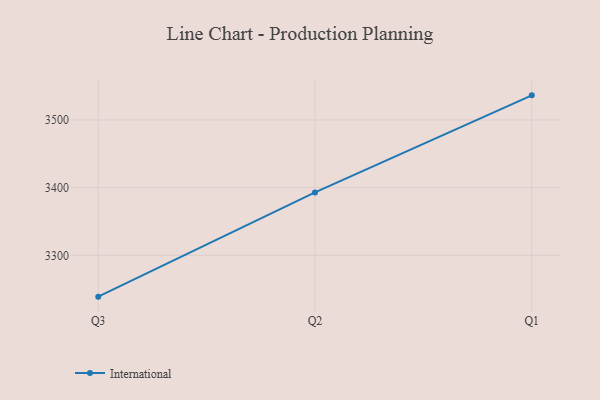
{"axis": {"x": "Quarter", "y": "Page Views"}, "legend": ["International"], "data": [{"x": "Q3", "y": 3238.9, "type": "International"}, {"x": "Q2", "y": 3392.9, "type": "International"}, {"x": "Q1", "y": 3536.4, "type": "International"}]}